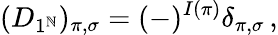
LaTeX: (D_{1^{\mathbb{N}}})_{\pi,\sigma}=(-)^{I(\pi)}\delta_{\pi,\sigma}\, ,